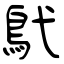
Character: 鴏